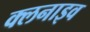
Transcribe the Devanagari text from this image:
क्लनाइव